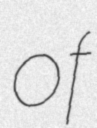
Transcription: of